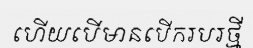
ហើយបើមានបើករបរថ្មី